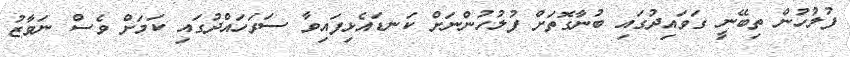
ފުލުހުން ތިބޭނީ ގަވައިދުގައި ބުނާގޮތަށް ފުލުހުންނަށް ކަނޑައެޅިފައިވާ ސަރަހައްދުގައި ކަމަށް ވެސް ނަވާޒު